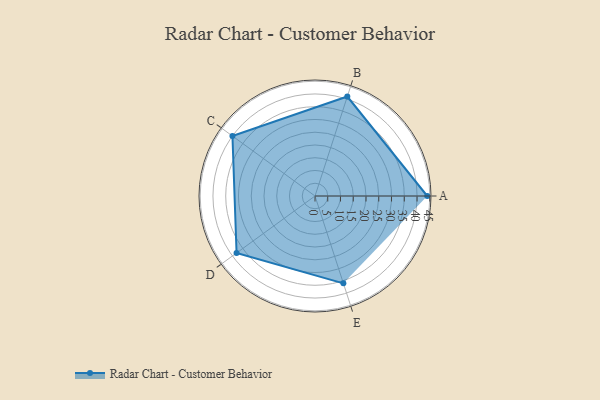
{"axis": {"x": "Skill", "y": "Score"}, "legend": ["Profile"], "data": [{"x": "A", "y": 44.0, "type": "Profile"}, {"x": "B", "y": 41.0, "type": "Profile"}, {"x": "C", "y": 40.0, "type": "Profile"}, {"x": "D", "y": 38.0, "type": "Profile"}, {"x": "E", "y": 36.0, "type": "Profile"}]}